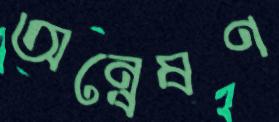
অন্বেষণ